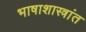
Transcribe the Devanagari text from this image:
भाषाशास्त्रांत